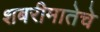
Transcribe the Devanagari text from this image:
शबरीमातेचे